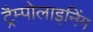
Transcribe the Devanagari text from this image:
ट्रैम्पोलाइनिंग